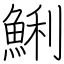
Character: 鯏